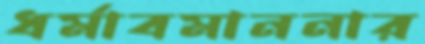
ধর্মাবমাননার